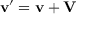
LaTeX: \mathbf { v } ^ { \prime } = \mathbf { v } + \mathbf { V }